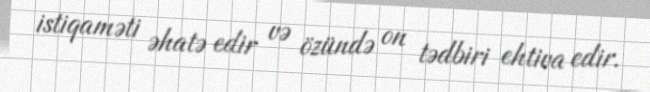
istiqaməti əhatə edir və özündə on tədbiri ehtiva edir.